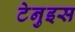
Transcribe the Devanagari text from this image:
टेनुइस